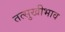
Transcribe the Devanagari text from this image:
तत्सुखीभाव